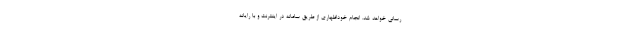
رسانی خواهد شد. انجام خوداظهاری از طریق سامانه در اینترنت و با رایانه